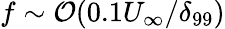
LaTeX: f\sim\mathcal{O}(0.1U_{\infty}/\delta_{99})